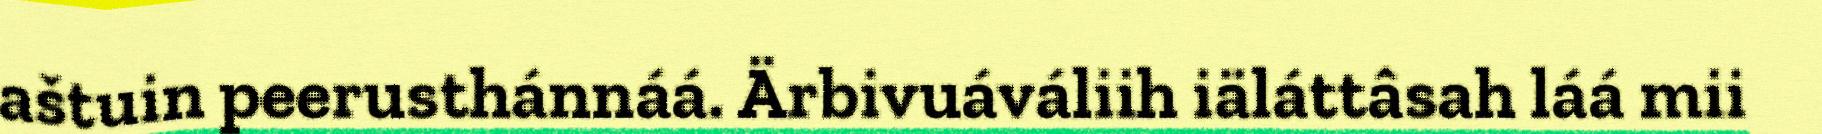
aštuin peerusthánnáá. Ärbivuáváliih iäláttâsah láá mii